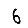
Digit: 6